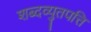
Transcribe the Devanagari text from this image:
शब्दव्युतपत्ति